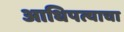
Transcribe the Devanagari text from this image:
आधिपत्याचा